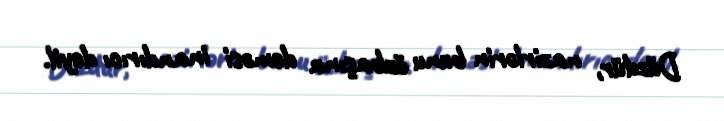
Düzdür, nazirlərin bunu özbaşına deməsi inandırıcı deyil.